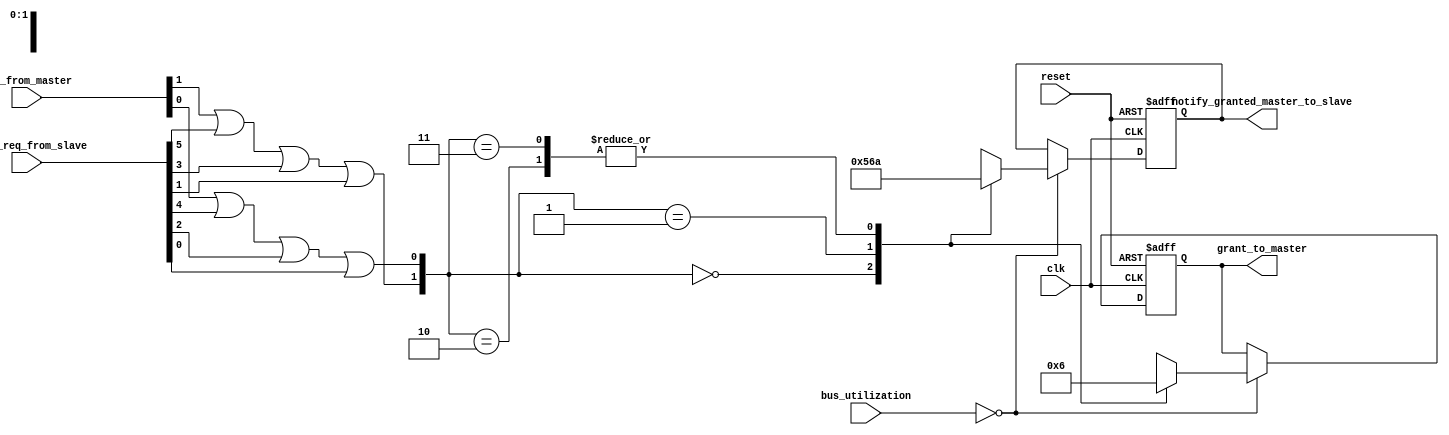
module arbiter (
	input clk,
	input reset,
	input [1:0]req_from_master,	    //BUSREQ signals in format:[m1,m2]
	
	//SPLIT signals in format:[s1->m1,s1->m2,s2->m1,s2->m2,s3->m1,s3->m2]
	input [5:0]split_req_from_slave,
	
	input [1:0]bus_utilization,	    //UTIL signals in format:[m1,m2]
	output reg [1:0]grant_to_master,//GRANT signals in format:[m1,m2]
	
	//GMASTER signals in format:[s1<-m1,s1<-m2,s2<-m1,s2<-m2,s3<-m1,s3<-m2]
	output reg [5:0]notify_granted_master_to_slave 
);

wire [1:0]current_requests;//[m1 requested?, m2 requested ?]

/*either get responses from masters or get request from slaves waiting in 
the split states to grant permission for corresponding master*/
assign current_requests[1] = req_from_master[1] || split_req_from_slave[5] 
					 || split_req_from_slave[3] || split_req_from_slave[1];
assign current_requests[0] = req_from_master[0] || split_req_from_slave[4] 
					 || split_req_from_slave[2] || split_req_from_slave[0];

// initially no master is granted. no master is notified to slave
initial begin 
	grant_to_master                <= 2'b00;
	notify_granted_master_to_slave <= 6'b000000;
end

always @(posedge clk or negedge reset) begin 
	//asynchronous reset
	if(~reset)begin 
		//reset to no grants and no granted notifications
		grant_to_master                <= 2'b00;
		notify_granted_master_to_slave <= 6'b000000;            
	end 
	
	//bus requests are checked and granted only when bus is not utilized
	else if(bus_utilization == 2'b00) begin 
		case(current_requests) //process the requests from masters and slaves
			2'b00:begin        //no requests
				grant_to_master                 <= 2'b00;
				notify_granted_master_to_slave  <= 6'b000000;
				end
			2'b10:begin        //request to grant master 1
				//grant master 1
				grant_to_master                 <= 2'b10;  
				//notify 3 slaves that master 1 is granted
				notify_granted_master_to_slave  <= 6'b101010;  
				end
			2'b01:begin        //request to grant master 2
				//grant master 2   
				grant_to_master                 <= 2'b01; 
				//notify 3 slaves that master 2 is granted
				notify_granted_master_to_slave  <= 6'b010101;
				end
			//high priority goes to master 1
			2'b11:begin       //request to grant both master 1 and 2
				//master 1 is granted (high priority)
				grant_to_master                 <= 2'b10; 
				//notify 3 slaves that master 1 is granted
				notify_granted_master_to_slave  <= 6'b101010;
				end   
		endcase
	end
end

endmodule